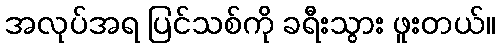
အလုပ်အရ ပြင်သစ်ကို ခရီးသွား ဖူးတယ်။